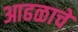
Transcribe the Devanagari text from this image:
आढळाचे